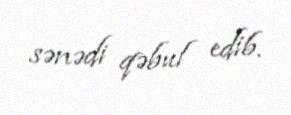
sənədi qəbul edib.